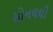
સોનલથી